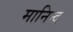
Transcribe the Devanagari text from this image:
मानिन्द